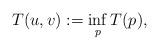
LaTeX: \begin{align*} T(u,v):=\inf_{p} T(p),\end{align*}